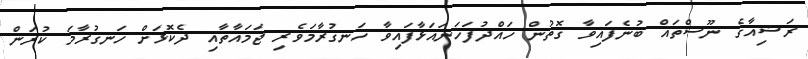
ރަޝިއާގެ ނޫސްތައް ބުނެފައިވާ ގޮތުން ހައްދުފަހަނައަޅާފައިވާ ހަނގުރާމަވެރި ޖަމައާތާއި ދެކޮޅަށް ހަނގުރާމަ ކުރަން